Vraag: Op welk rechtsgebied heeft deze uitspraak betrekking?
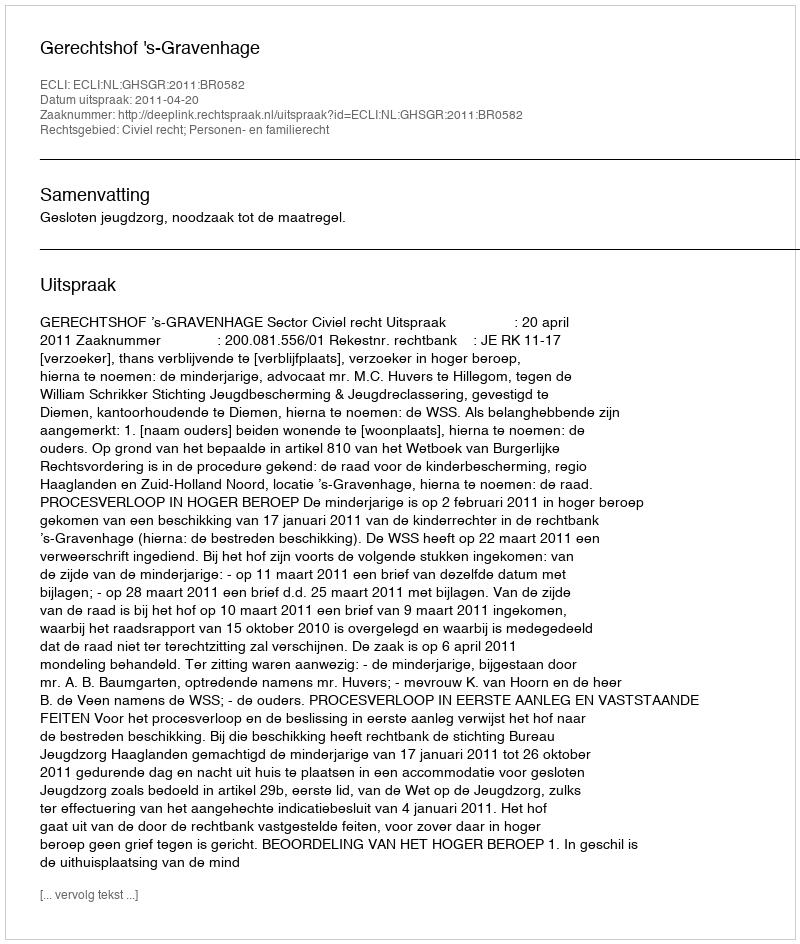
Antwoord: Civiel recht; Personen- en familierecht